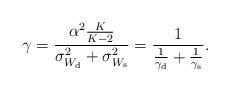
LaTeX: \begin{align*}\gamma=\frac{\alpha^2\frac{K}{K-2}}{\sigma_{W_{\rm d}}^2+\sigma_{W_{\rm s}}^2}=\frac{1}{\frac{1}{\gamma_{\rm d}}+\frac{1}{\gamma_{\rm s}}}.\end{align*}